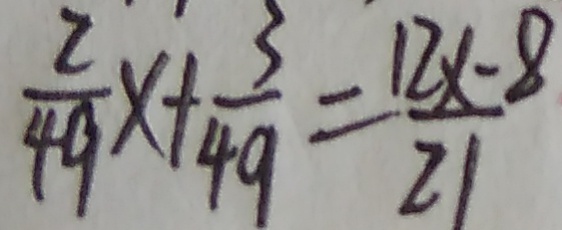
\frac { 2 } { 4 9 } x + \frac { 3 } { 4 9 } = \frac { 1 2 x - 8 } { 2 1 }